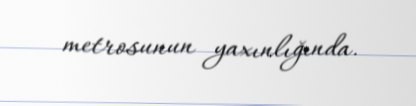
metrosunun yaxınlığında.